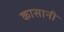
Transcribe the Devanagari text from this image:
कासानी